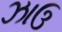
ઝાઉ